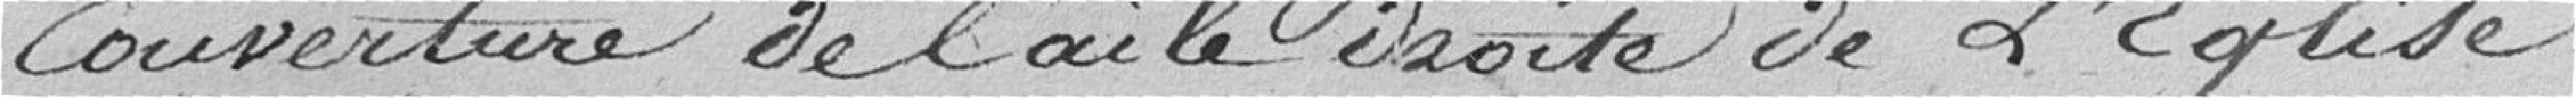
couverture de l'aile droite de l'église